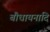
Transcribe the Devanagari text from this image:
बौधायनादि